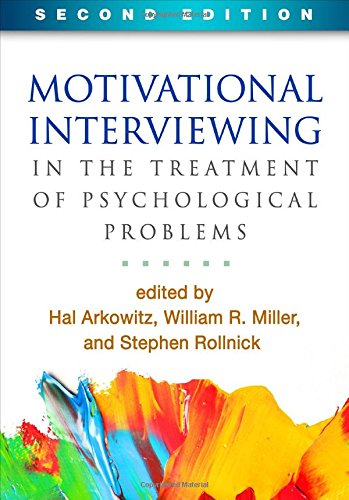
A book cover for Motivational Interviewing in the Treatment of Psychological Problems, Second Edition (Applications of Motivational Interviewing); Medical Books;